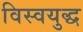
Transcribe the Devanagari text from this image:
विस्वयुद्ध